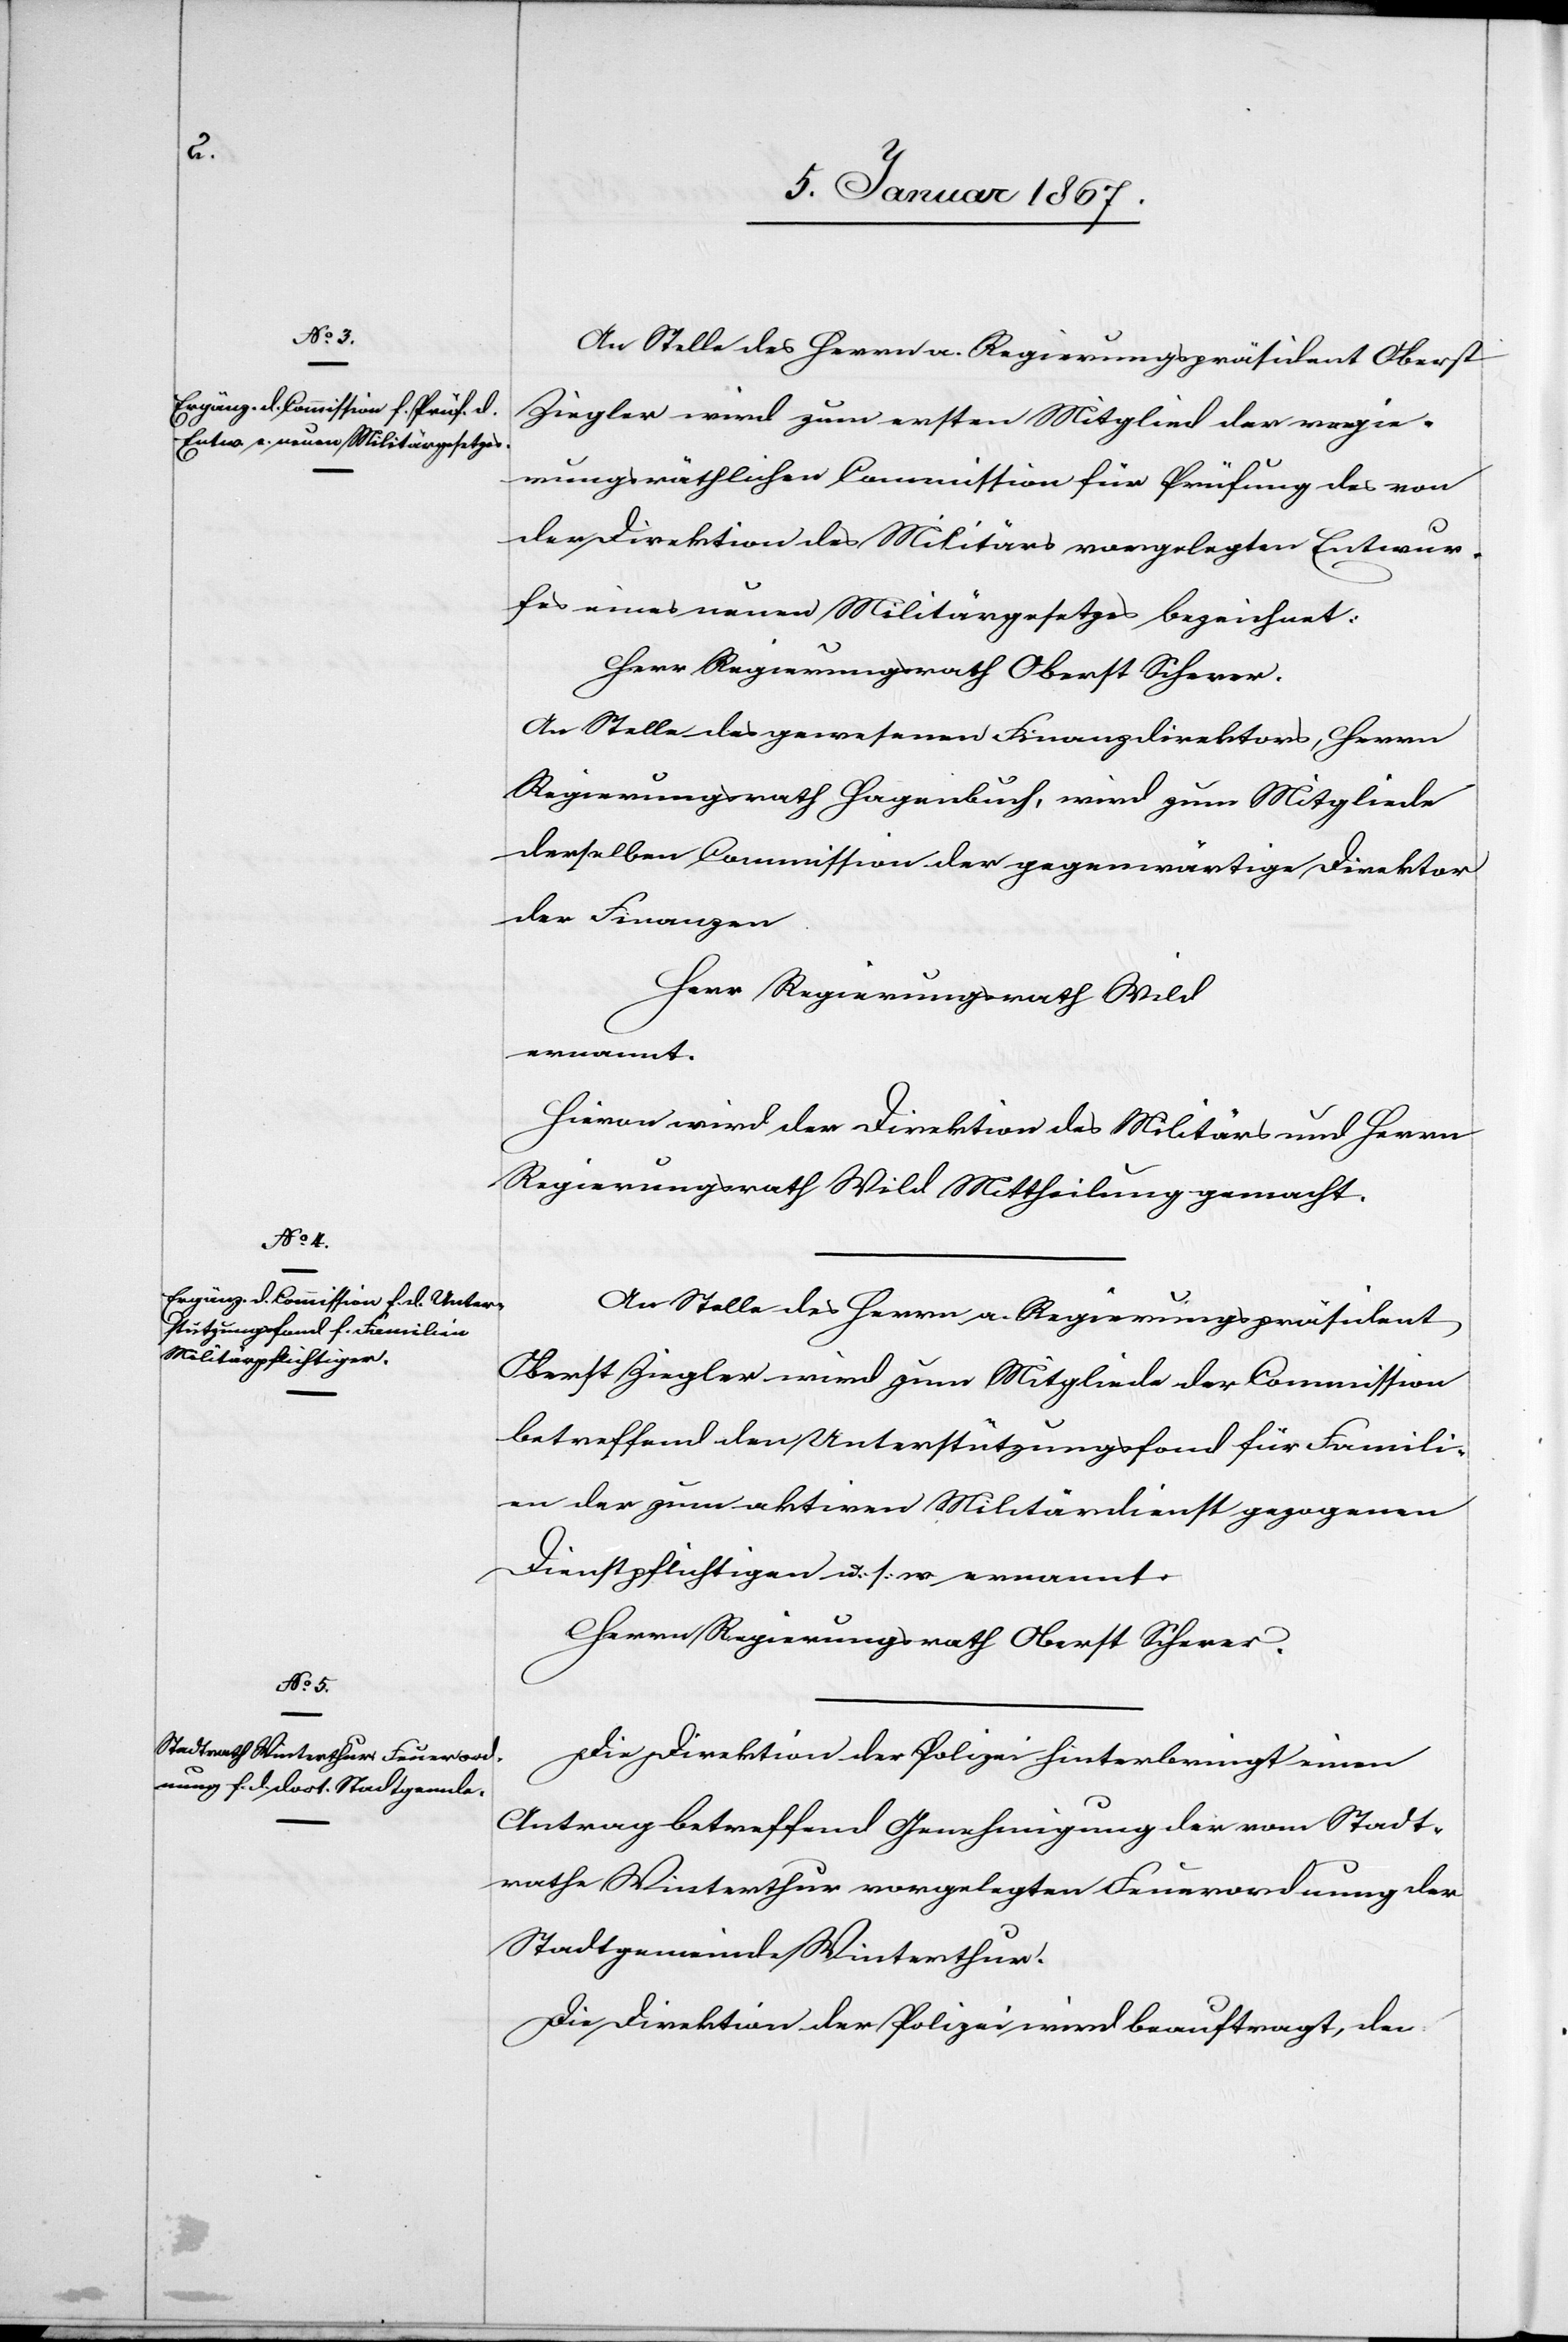
An Stelle des Herrn a. Regierungspräsident Oberst
Ziegler wird zum ersten Mitglied der regie¬
rungsräthlichen Commission für Prüfung des von
der Direktion des Militärs vorgelegten Entwur¬
fes eines neuen Militärgesetzes bezeichnet:
Herr Regierungsrath Oberst Scherer.
An Stelle des gewesenen Finanzdirektors, Herr
Regierungsrath Hagenbuch, wird zum Mitgliede
derselben Commission der gegenwärtige Direktor
der Finanzen
Herr Regierungsrath Wild
ernannt.
Hievon wird der Direktion des Militärs und Herrn
Regierungsrath Wild Mittheilung gemacht.
An Stelle des Herrn a. Regierungspräsident
Oberst Ziegler wird zum Mitgliede der Commission
betreffend den Unterstützungsfond für Famili¬
en der zum aktiven Militärdienst gezogenen
Dienstpflichtigen u. s. w. ernannt:
Herrn Regierungsrath Oberst Scherer.
Die Direktion der Polizei hinterbringt einen
Antrag betreffend Genehmigung der vom Stadt¬
rathe Winterthur vorgelegten Feuerordnung der
Stadtgemeinde Winterthur.
Die Direktion der Polizei wird beauftragt, den